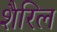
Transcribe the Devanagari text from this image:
शैरिल